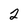
Character: 2